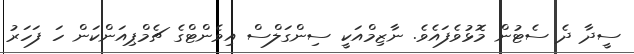
ސީދާ ދެ ސެޓުން މޮޅުވެފައެވެ. ނާޒިމްއަކީ ސިންގަލްސް އިވެންޓްގެ ޗެމްޕިއަންކަން ހަ ފަހަރު